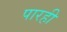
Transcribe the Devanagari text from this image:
पारही